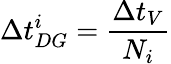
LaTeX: \Delta t_{DG}^{i}=\frac{\Delta t_{V}}{N_{i}}